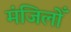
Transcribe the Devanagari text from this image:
मंजिलोँ